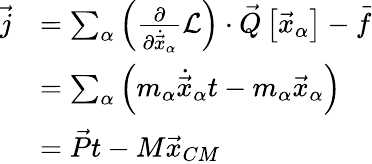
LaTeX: {\begin{array}{rl}{{\vec{j}}}&{=\sum_{\alpha}\left({\frac{\partial}{\partial{\dot{\vec{x}}}_{\alpha}}}{\mathcal{L}}\right)\cdot{\vec{Q}}\left[{\vec{x}}_{\alpha}\right]-{\vec{f}}}\\ &{=\sum_{\alpha}\left(m_{\alpha}{\dot{\vec{x}}}_{\alpha}t-m_{\alpha}{\vec{x}}_{\alpha}\right)}\\ &{={\vec{P}}t-M{\vec{x}}_{CM}}\end{array}}